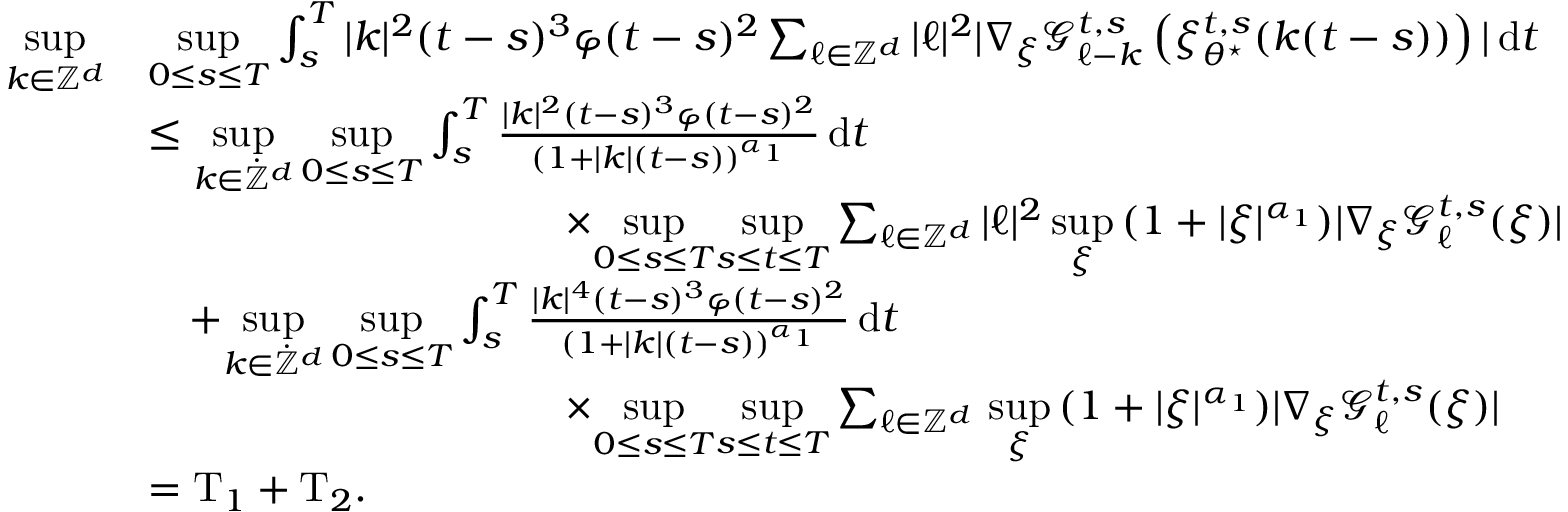
\begin{array} { r l } { \underset { k \in \mathbb Z ^ { d } } { \operatorname* { s u p } } } & { \underset { 0 \leq s \leq T } { \operatorname* { s u p } } \int _ { s } ^ { T } \vert k \vert ^ { 2 } ( t - s ) ^ { 3 } \varphi ( t - s ) ^ { 2 } \sum _ { \ell \in \mathbb Z ^ { d } } \vert \ell \vert ^ { 2 } \vert \nabla _ { \xi } \mathcal { G } _ { \ell - k } ^ { t , s } \left( \xi _ { \theta ^ { \star } } ^ { t , s } ( k ( t - s ) ) \right) \vert \, \mathrm { d } t } \\ & { \leq \underset { k \in \dot { \mathbb Z } ^ { d } } { \operatorname* { s u p } } \, \underset { 0 \leq s \leq T } { \operatorname* { s u p } } \int _ { s } ^ { T } \frac { \vert k \vert ^ { 2 } ( t - s ) ^ { 3 } \varphi ( t - s ) ^ { 2 } } { ( 1 + \vert k \vert ( t - s ) ) ^ { \alpha _ { 1 } } } \, \mathrm { d } t } \\ & { \qquad \qquad \qquad \qquad \qquad \times \underset { 0 \leq s \leq T } { \operatorname* { s u p } } \underset { s \leq t \leq T } { \operatorname* { s u p } } \sum _ { \ell \in \mathbb Z ^ { d } } \vert \ell \vert ^ { 2 } \, \underset { \xi } { \operatorname* { s u p } } \, ( 1 + \vert \xi \vert ^ { \alpha _ { 1 } } ) \vert \nabla _ { \xi } \mathcal { G } _ { \ell } ^ { t , s } ( \xi ) \vert } \\ & { \quad + \underset { k \in \dot { \mathbb Z } ^ { d } } { \operatorname* { s u p } } \, \underset { 0 \leq s \leq T } { \operatorname* { s u p } } \int _ { s } ^ { T } \frac { \vert k \vert ^ { 4 } ( t - s ) ^ { 3 } \varphi ( t - s ) ^ { 2 } } { ( 1 + \vert k \vert ( t - s ) ) ^ { \alpha _ { 1 } } } \, \mathrm { d } t } \\ & { \qquad \qquad \qquad \qquad \qquad \times \underset { 0 \leq s \leq T } { \operatorname* { s u p } } \underset { s \leq t \leq T } { \operatorname* { s u p } } \sum _ { \ell \in \mathbb Z ^ { d } } \, \underset { \xi } { \operatorname* { s u p } } \, ( 1 + \vert \xi \vert ^ { \alpha _ { 1 } } ) \vert \nabla _ { \xi } \mathcal { G } _ { \ell } ^ { t , s } ( \xi ) \vert } \\ & { = \mathrm { T } _ { 1 } + \mathrm { T } _ { 2 } . } \end{array}